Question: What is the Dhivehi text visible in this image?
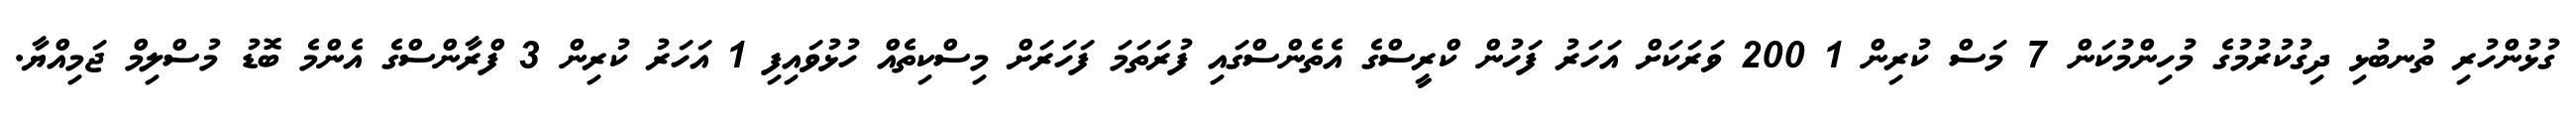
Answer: ގުޅުންހުރި ތުނބުޅި ދިގުކުރުމުގެ މުހިންމުކަން 7 މަސް ކުރިން 1 200 ވަރަކަށް އަހަރު ފަހުން ކްރީސްގެ އެތެންސްގައި ފުރަތަމަ ފަހަރަށް މިސްކިތެއް ހުޅުވައިފި 1 އަހަރު ކުރިން 3 ފްރާންސްގެ އެންމެ ބޮޑު މުސްލިމް ޖަމިއްޔާ.